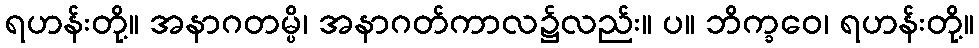
ရဟန်းတို့။ အနာဂတမ္ပိ၊ အနာဂတ်ကာလ၌လည်း။ ပ။ ဘိက္ခဝေ၊ ရဟန်းတို့။